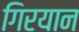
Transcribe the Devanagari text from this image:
गिरयान